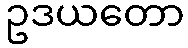
ဥဒယတော